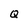
Character: Q